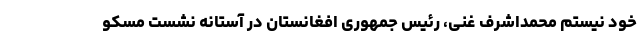
خود نیستم محمداشرف غنی، رئیس جمهوری افغانستان در آستانه نشست مسکو